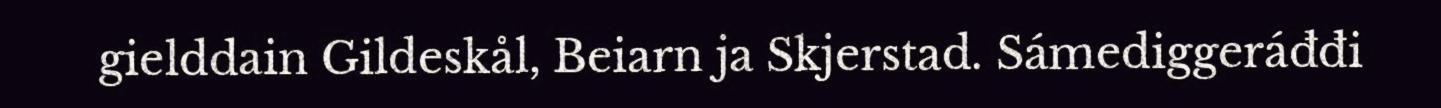
gielddain Gildeskål, Beiarn ja Skjerstad. Sámediggeráđđi